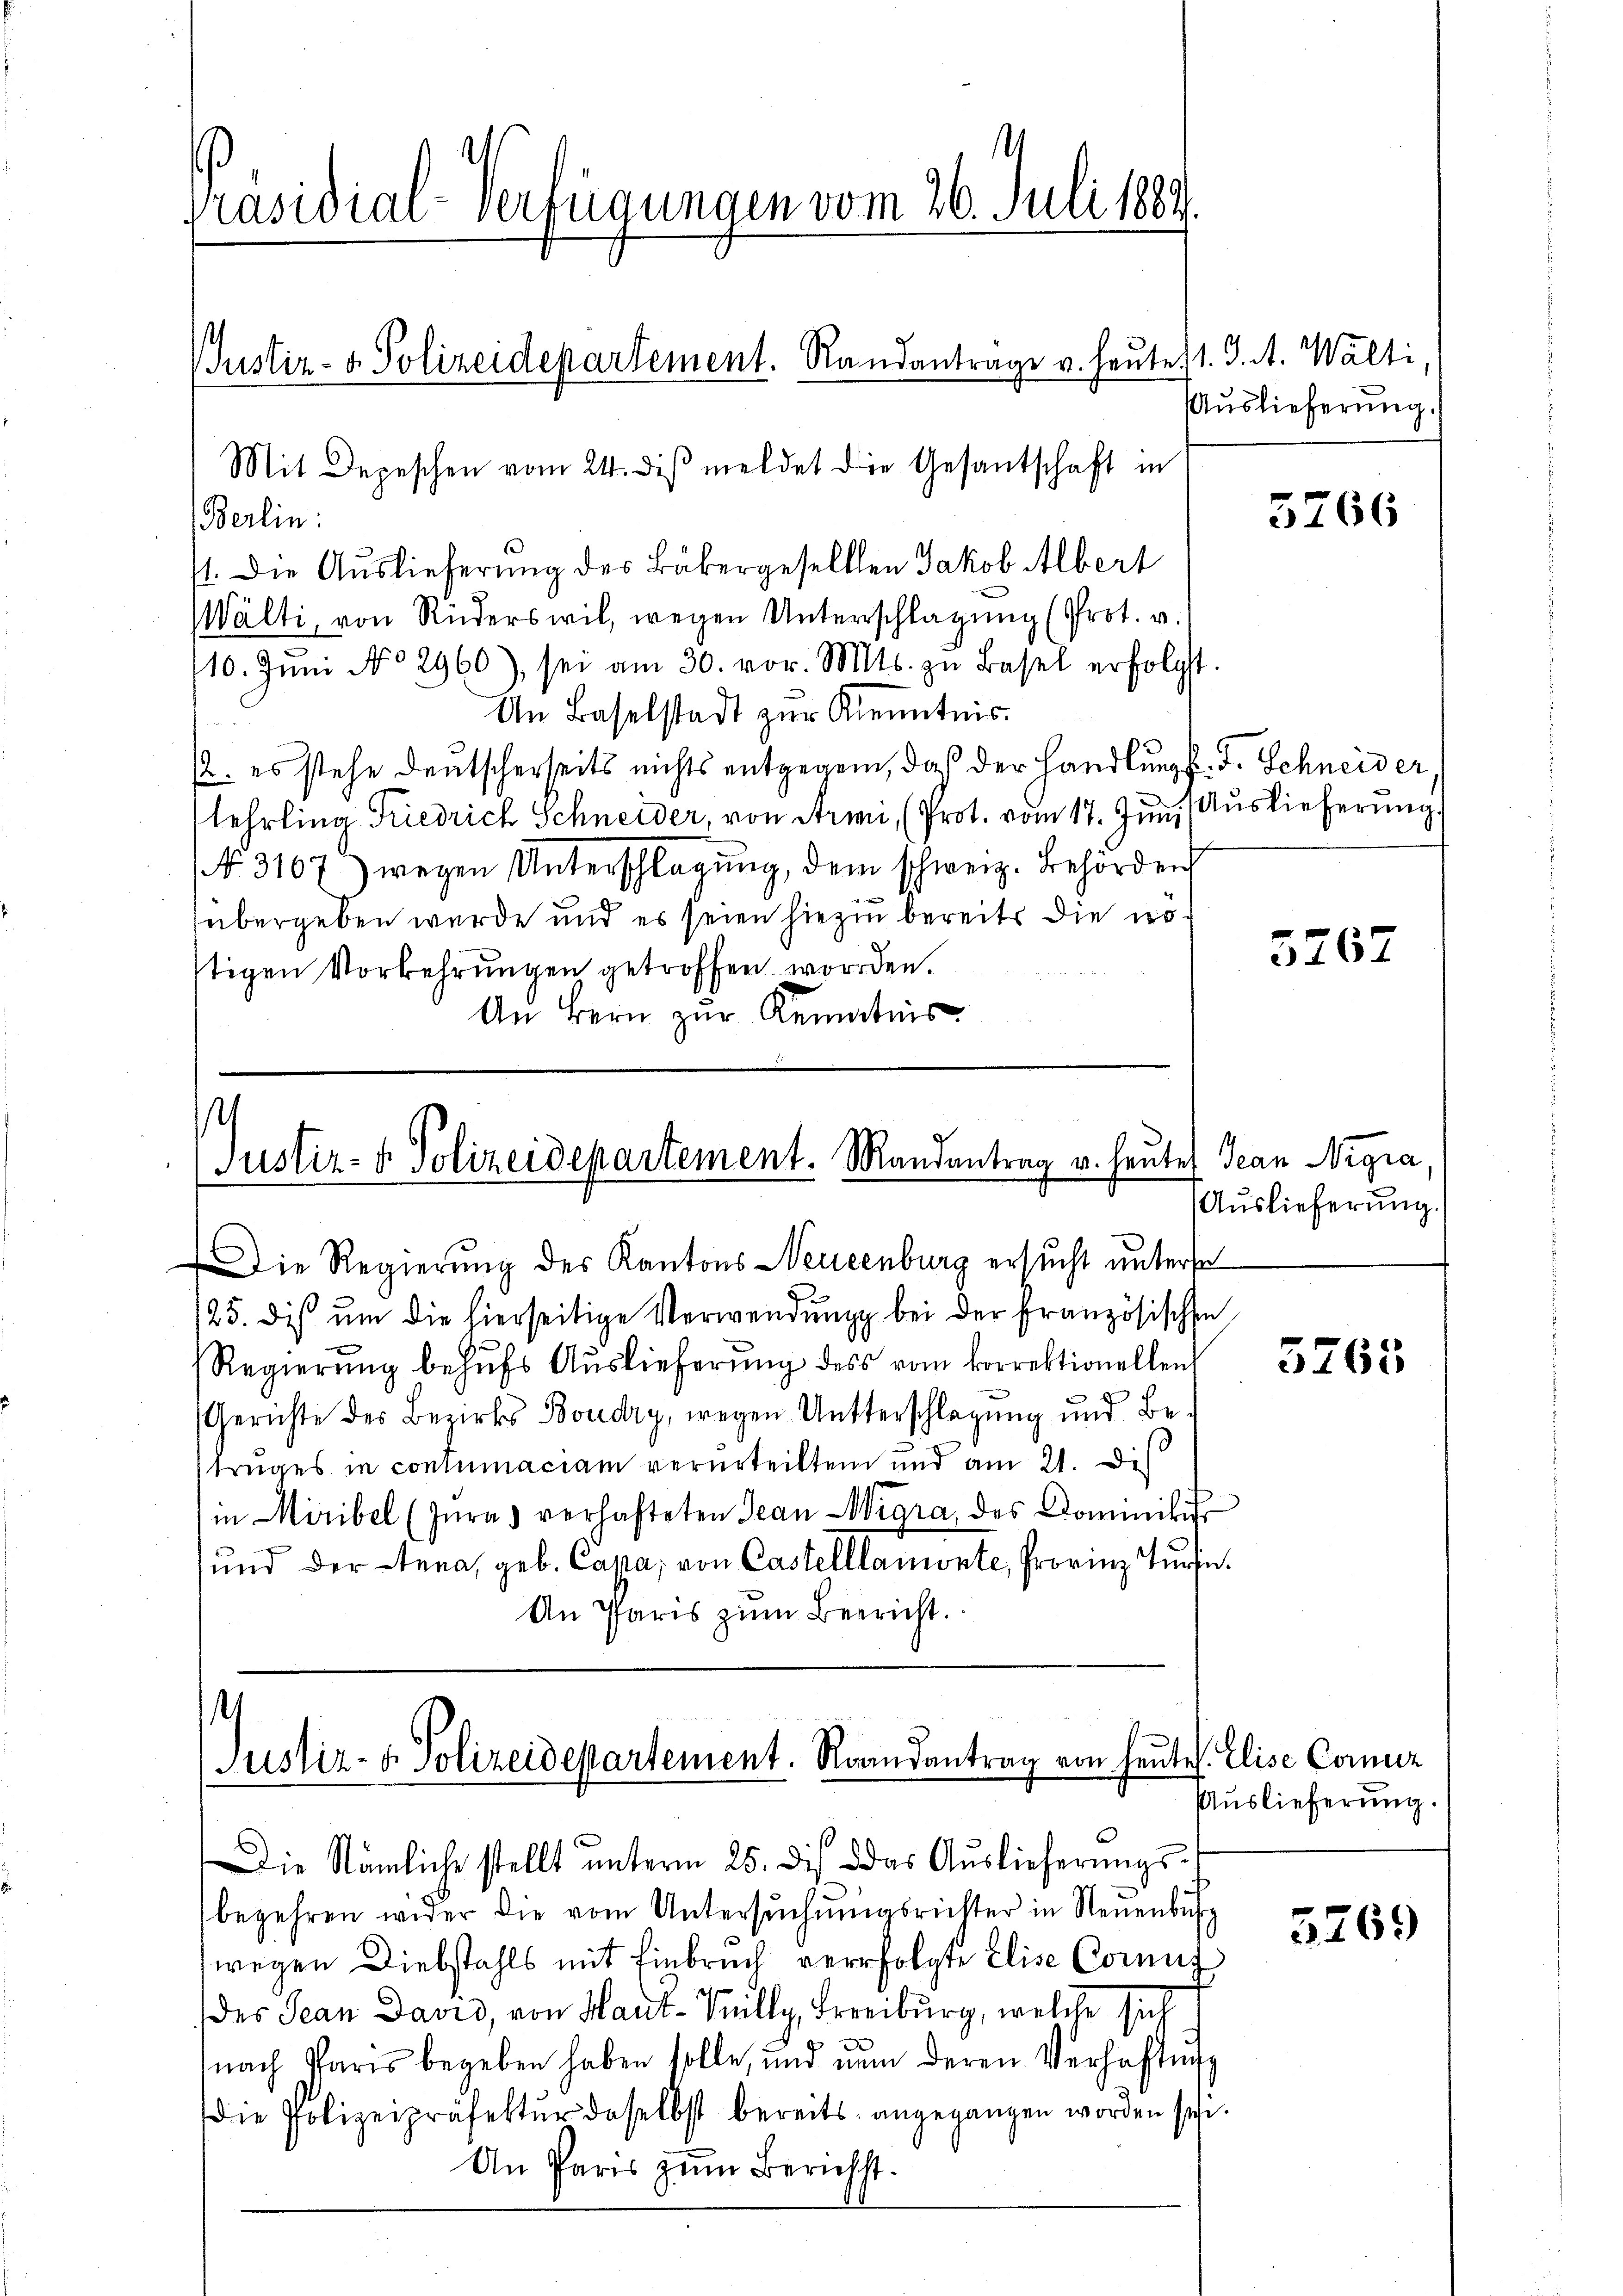
Präsidial-Verfügungen vom 26. Juli 1889.
Justiz- & Polizeidepartement. Randantrage u. heute 1. J. A. Walti,
Mit Depeschen vom 24. diβ meldet die Gesantschaft in

Berlin:
71. Die Auslieferung des Bäkergeselllen Jakob Albert
Wälti, von Rüderswil, wegen Unterschlagung (Prot. v.
110. Juni No 2960), sei am 30. vor. Mts. zŭ Basel erfolgt.
An Baselstadt zur Kenntnis.
2. es stehe deutscherseits nichts entgegen, daß der Handlŭngs. J. Schneider
lehrling Friedrich Schneider, von Armi, (Prot. vom 17. Jŭni Auslieferung
NNo. 3107) wegen Unterschlagung, dem schweiz. Behörden
übergeben wurde und es seien hiezin bereits die no
stigen Vorkehrungen getroffen worden.
An Bern zur Kenntnis

¬
Justiz- & Polizeidepartement. Mandantrag v. heute Jean Nigra

Die Regierung des Kantons Neuenburg ersucht unterse
125. dis um die hierseitige Verwendung bei der Französischen
Regierŭng behŭfs Auslieferŭng dess vom korrektionellen
Gerichte des Bezirks Boudry, wegen Untterschlagung und Betruges in contumaciam verurteilten und am 21. Des
in Miribel (Jŭras verhafteten Jean Wigra, des Kommitis
und der Stana, geb. Cana, von Castelllamonte, Provinz Turn
An Paris zŭm Beericht.

1
Justiz- & Polizeidepartement. Randantrag von heŭtes. Elise Comiz

Die Nämliche stellt ŭnterm 25. ds. das Aŭslieferŭngs-
begehren wider die vom Untersŭchŭngsrichter in Neuenbus
wegen Diebstahls mit Einbruch verfolgte Elise Cornig
des Jean David, von Haut-Tilly, Freiburg, welche sich
d
nach Paris begeben haben solle, und nun deren Verhafte
die Polizeipräsektŭr daselbst bereits angegangen worden sei.
An Paris zum Berichst.

Auslieferung.

3266

3267

Auslieferung.

3765

Auslieferung.

5269